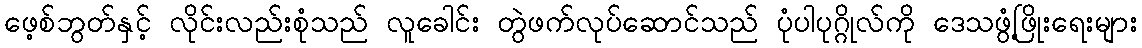
ဖေ့စ်ဘွတ်နှင့် လိုင်းလည်းစုံသည် လူခေါင်း တွဲဖက်လုပ်ဆောင်သည် ပုံပါပုဂ္ဂိုလ်ကို ဒေသဖွံ့ဖြိုးရေးများ